Scottish Leaving Certificate Examination, 1955
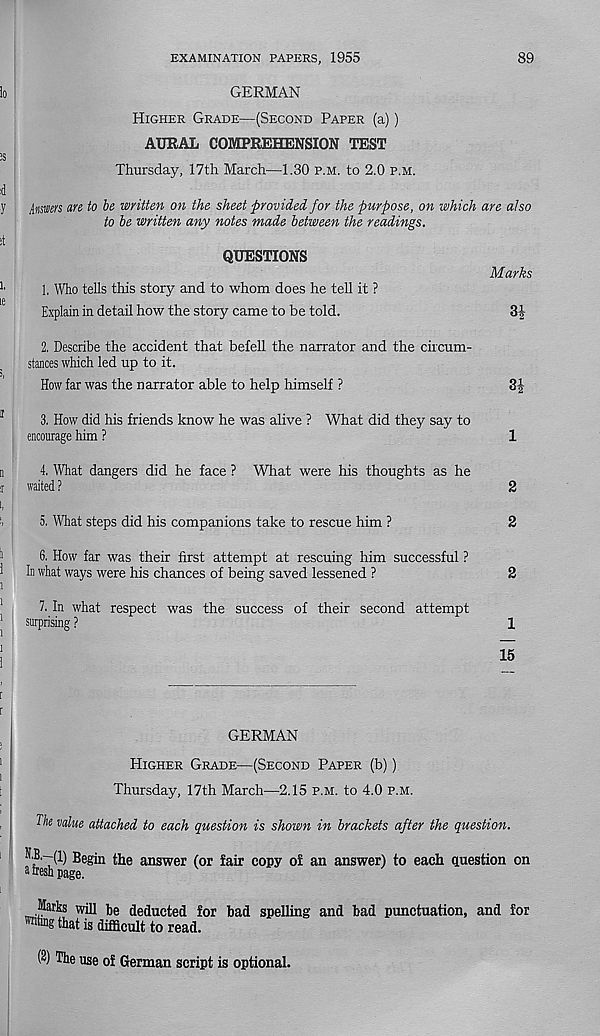
EXAMINATION PAPERS, 1955
89
GERMAN
Higher Grade—(Second Paper (a))
AURAL COMPREHENSION TEST
Thursday, 17th March—1.30 p.m. to 2.0 p.m.
Answers an to be written on the sheet provided for the purpose, on which are also
to be written any notes made between the readings.
1. Who tells this story and to whom does he tell it ?
Explain in detail how the story came to be told.
3|
2. Describe the accident that befell the narrator and the circum-
stances which led up to it.
How far was the narrator able to help himself ?
3J
3. How did his friends know he was alive ? What did they say to
encourage him ?
1
4. What dangers did he face ? What were his thoughts as he
waited ?
2
5. What steps did his companions take to rescue him ?
2
6. How far was their first attempt at rescuing him successful ?
In what ways were his chances of being saved lessened ?
2
7. In what respect was the success of their second attempt
surprising ?
1
15
GERMAN
Higher Grade—(Second Paper (b))
Thursday, 17th March—2.15 p.m. to 4.0 p.m.
The value attached to each question is shown in brackets after the question.
N’B.--(1) Begin the answer (or fair copy of an answer) to each question on
a fresh page.
Marks will be deducted for bad spelling and bad punctuation, and for
™ng that is difficult to read.
(2) The use of German script is optional.